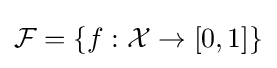
{\mathcal {F}}=\{f:{\mathcal {X}}\to [0,1]\}